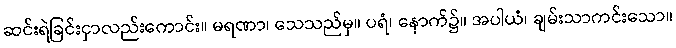
ဆင်းရဲခြင်းငှာလည်းကောင်း။ မရဏာ၊ သေသည်မှ။ ပရံ၊ နောက်၌။ အပါယံ၊ ချမ်းသာကင်းသော။